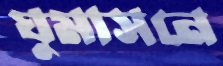
ঘুমাসনে